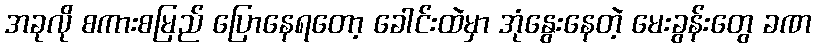
အခုလို စကားစမြည် ပြောနေရတော့ ခေါင်းထဲမှာ အုံနွေးနေတဲ့ မေးခွန်းတွေ ခဏ